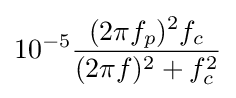
10^{-5}{\frac {(2\pi f_{p})^{2}f_{c}}{(2\pi f)^{2}+f_{c}^{2}}}